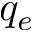
q _ { e }